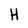
Character: H